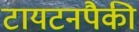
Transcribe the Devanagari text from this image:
टायटनपैकी